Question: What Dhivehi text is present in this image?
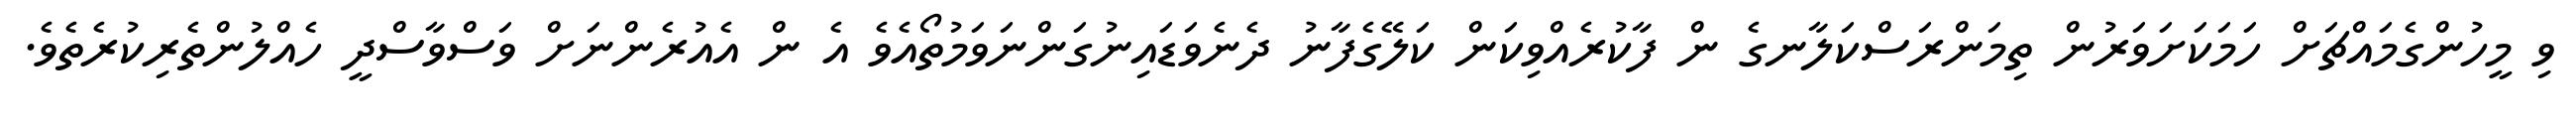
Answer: ވި މީހުންގެމައްޗަށް ހަމަކަށަވަރުން ތިމަންރަސްކަލާނގެ ން ފާކުރެއްވިކަން ކަލޭގެފާނު ދެނެވަޑައިނުގަންނަވަމުތޯއެވެ އެ ން އެއުރެންނަށް ވަސްވާސްދީ ހެއްލުންތެރިކުރެތެވެ.